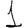
Digit: 1